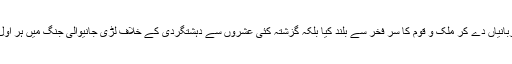
انہوں نے کہا کہ ہماری مسلح افواج نے نہ صرف 48، 65 اور 71 کی جنگوں میں بے مثال قربانیاں دے کر ملک و قوم کا سر فخر سے بلند کیا بلکہ گزشتہ کئی عشروں سے دہشتگردی کے خلاف لڑی جانیوالی جنگ میں ہر اول دستہ کا کردار ادا کرتے ہوئے اسلام، پاکستان اور انسانیت کے دشمنوں کا مکمل صفایا کر دیا۔